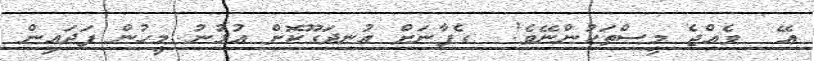
އޭ  ވެއްޖެ މީސްތަކުންނޭވެ!  ގެފާނަށް އުނދަގޫކޮށް އުޅުނު މީހުން ފަދައިން